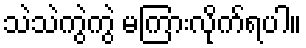
သဲသဲကွဲကွဲ မကြားလိုက်ရပါ။